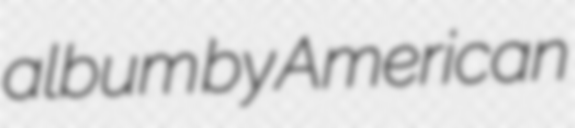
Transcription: album by American